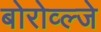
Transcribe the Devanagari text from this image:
बोरोव्ल्जे